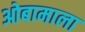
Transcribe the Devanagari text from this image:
ओबामाला